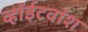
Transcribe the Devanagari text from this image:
व्हॉईटवॉश